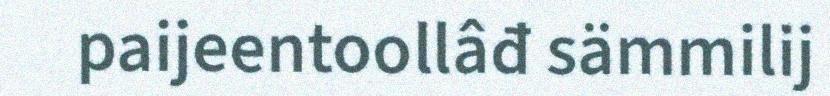
paijeentoollâđ sämmilij